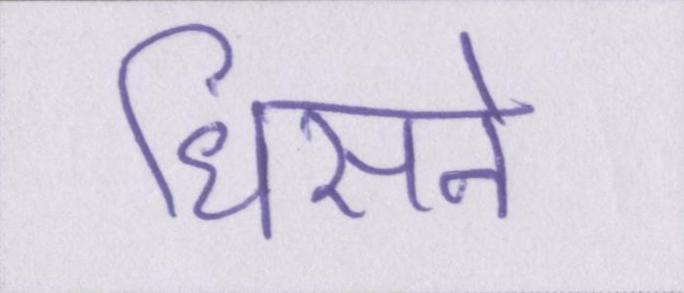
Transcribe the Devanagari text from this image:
धिसने